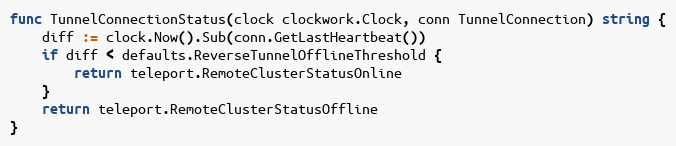
Language: Go
func TunnelConnectionStatus(clock clockwork.Clock, conn TunnelConnection) string {
	diff := clock.Now().Sub(conn.GetLastHeartbeat())
	if diff < defaults.ReverseTunnelOfflineThreshold {
		return teleport.RemoteClusterStatusOnline
	}
	return teleport.RemoteClusterStatusOffline
}